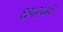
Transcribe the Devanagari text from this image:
१३५२५७३